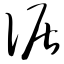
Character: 倨